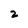
Character: 2